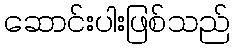
ဆောင်းပါးဖြစ်သည်